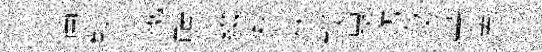
畵鞅氳㷱綴愁伏釵叟坊々晝寃